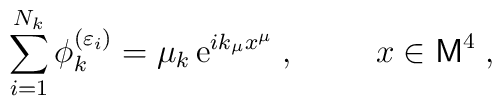
\sum_{i=1}^{N_k} \phi_k^{(\varepsilon_i)} = \mu_k \,\mbox{e}^{i k_\mu x^\mu } \;, \hspace{1cm} x \in {\sf M}^4 \;,